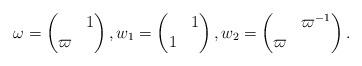
LaTeX: \begin{align*} \omega = \begin{pmatrix} & 1 \\ \varpi & \end{pmatrix}, w_1 = \begin{pmatrix} & 1 \\ 1 & \end{pmatrix}, w_2 = \begin{pmatrix} & \varpi^{-1} \\ \varpi & \end{pmatrix}.\end{align*}